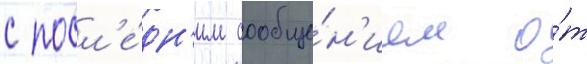
с посл'е́дн'им сообще́н'ием о́т